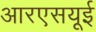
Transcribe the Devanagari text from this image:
आरएसयूई